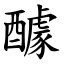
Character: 醵